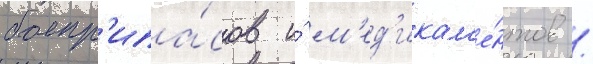
боепр'ипа́сов и́ м'ед'икам'е́нтов /